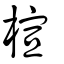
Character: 楦